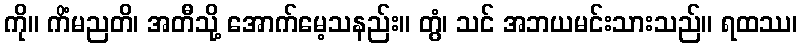
ကို။ ကိံမညတိ၊ အတီသို့ အောက်မေ့သနည်း။ တွံ၊ သင် အဘယမင်းသားသည်။ ရထဿ၊